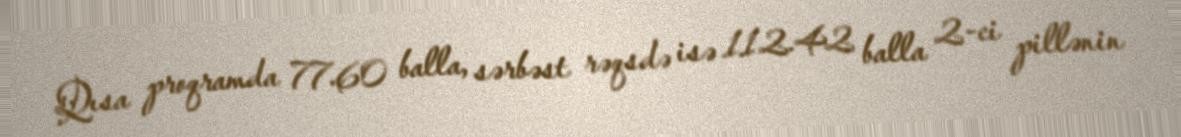
Qısa proqramda 77.60 balla, sərbəst rəqsdə isə 112.42 balla 2-ci pillənin